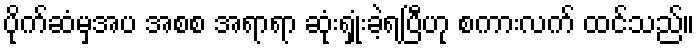
ပိုက်ဆံမှအပ အစစ အရာရာ ဆုံးရှုံးခဲ့ရပြီဟု စကားလက် ထင်သည်။